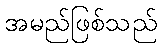
အမည်ဖြစ်သည်